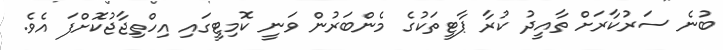
ބުނެ ސަރުކާރަށް ތާއީދު ކުރާ ޕާޓީތަކުގެ މެންބަރުން ވަނީ ކޮމިޓީގައި އިހްތިޖާޖުކޮށްފަ އެވެ.